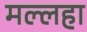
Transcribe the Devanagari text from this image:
मल्लहा